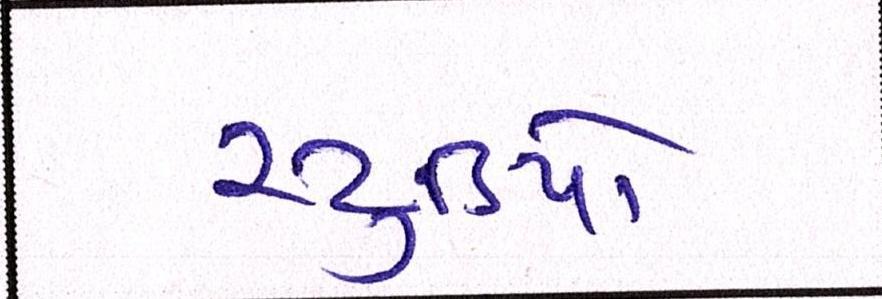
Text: સ્ટુડિયો